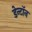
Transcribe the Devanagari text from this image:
डेन्टॉन